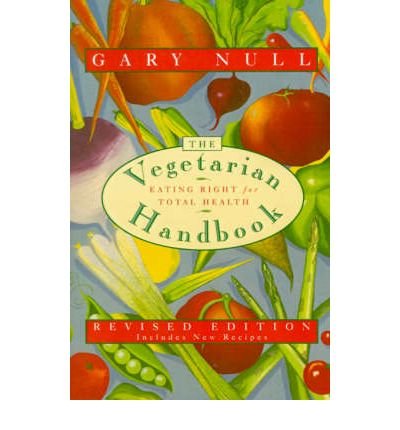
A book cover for [ The Vegetarian Handbook: Eating Right for Total Health (Revised) [ THE VEGETARIAN HANDBOOK: EATING RIGHT FOR TOTAL HEALTH (REVISED) ] By Null, Gary ( Author )May-15-1996 Paperback; Gary Null; Health, Fitness & Dieting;